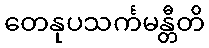
တေနုပသင်္ကမန္တီတိ